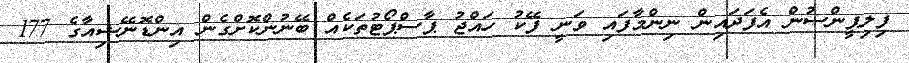
ފިލިޕީންސުން އެފަދައިން ނިންމާފައި ވަނީ ފޭކު ހައްޖު ޕާސްޕޯޓުތަކެއް ބޭނުންކޮށްގެން އިންޑޮނޭޝިއާގެ 177